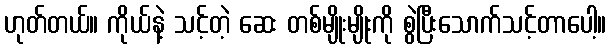
ဟုတ်တယ်။ ကိုယ်နဲ့ သင့်တဲ့ ဆေး တစ်မျိုးမျိုးကို စွဲပြီးသောက်သင့်တာပေါ့။